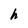
Character: h